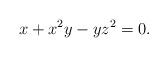
LaTeX: \begin{align*}x+x^2y-yz^2=0.\end{align*}